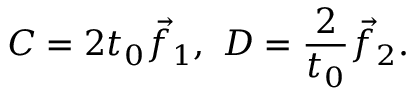
C = 2 t _ { 0 } { \vec { f } } _ { 1 } , \ D = { \frac { 2 } { t _ { 0 } } } { \vec { f } } _ { 2 } .